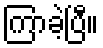
ကြာခဲ့ပြီ။